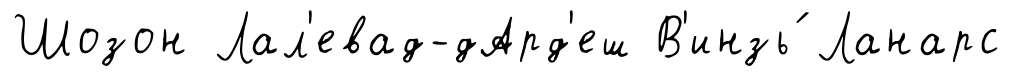
Шозон Лал'евад-дАрд'еш В'инзь́ Ланарс